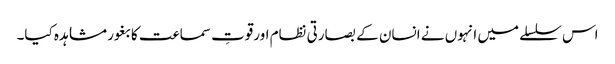
اس سلسلے میں انہوں نے انسان کے بصارتی نظام اورقوتِ سماعت کا بغور مشاہدہ کیا۔